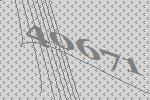
40671